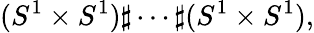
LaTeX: (S^{1}\times S^{1})\sharp\cdots\sharp(S^{1}\times S^{1}),